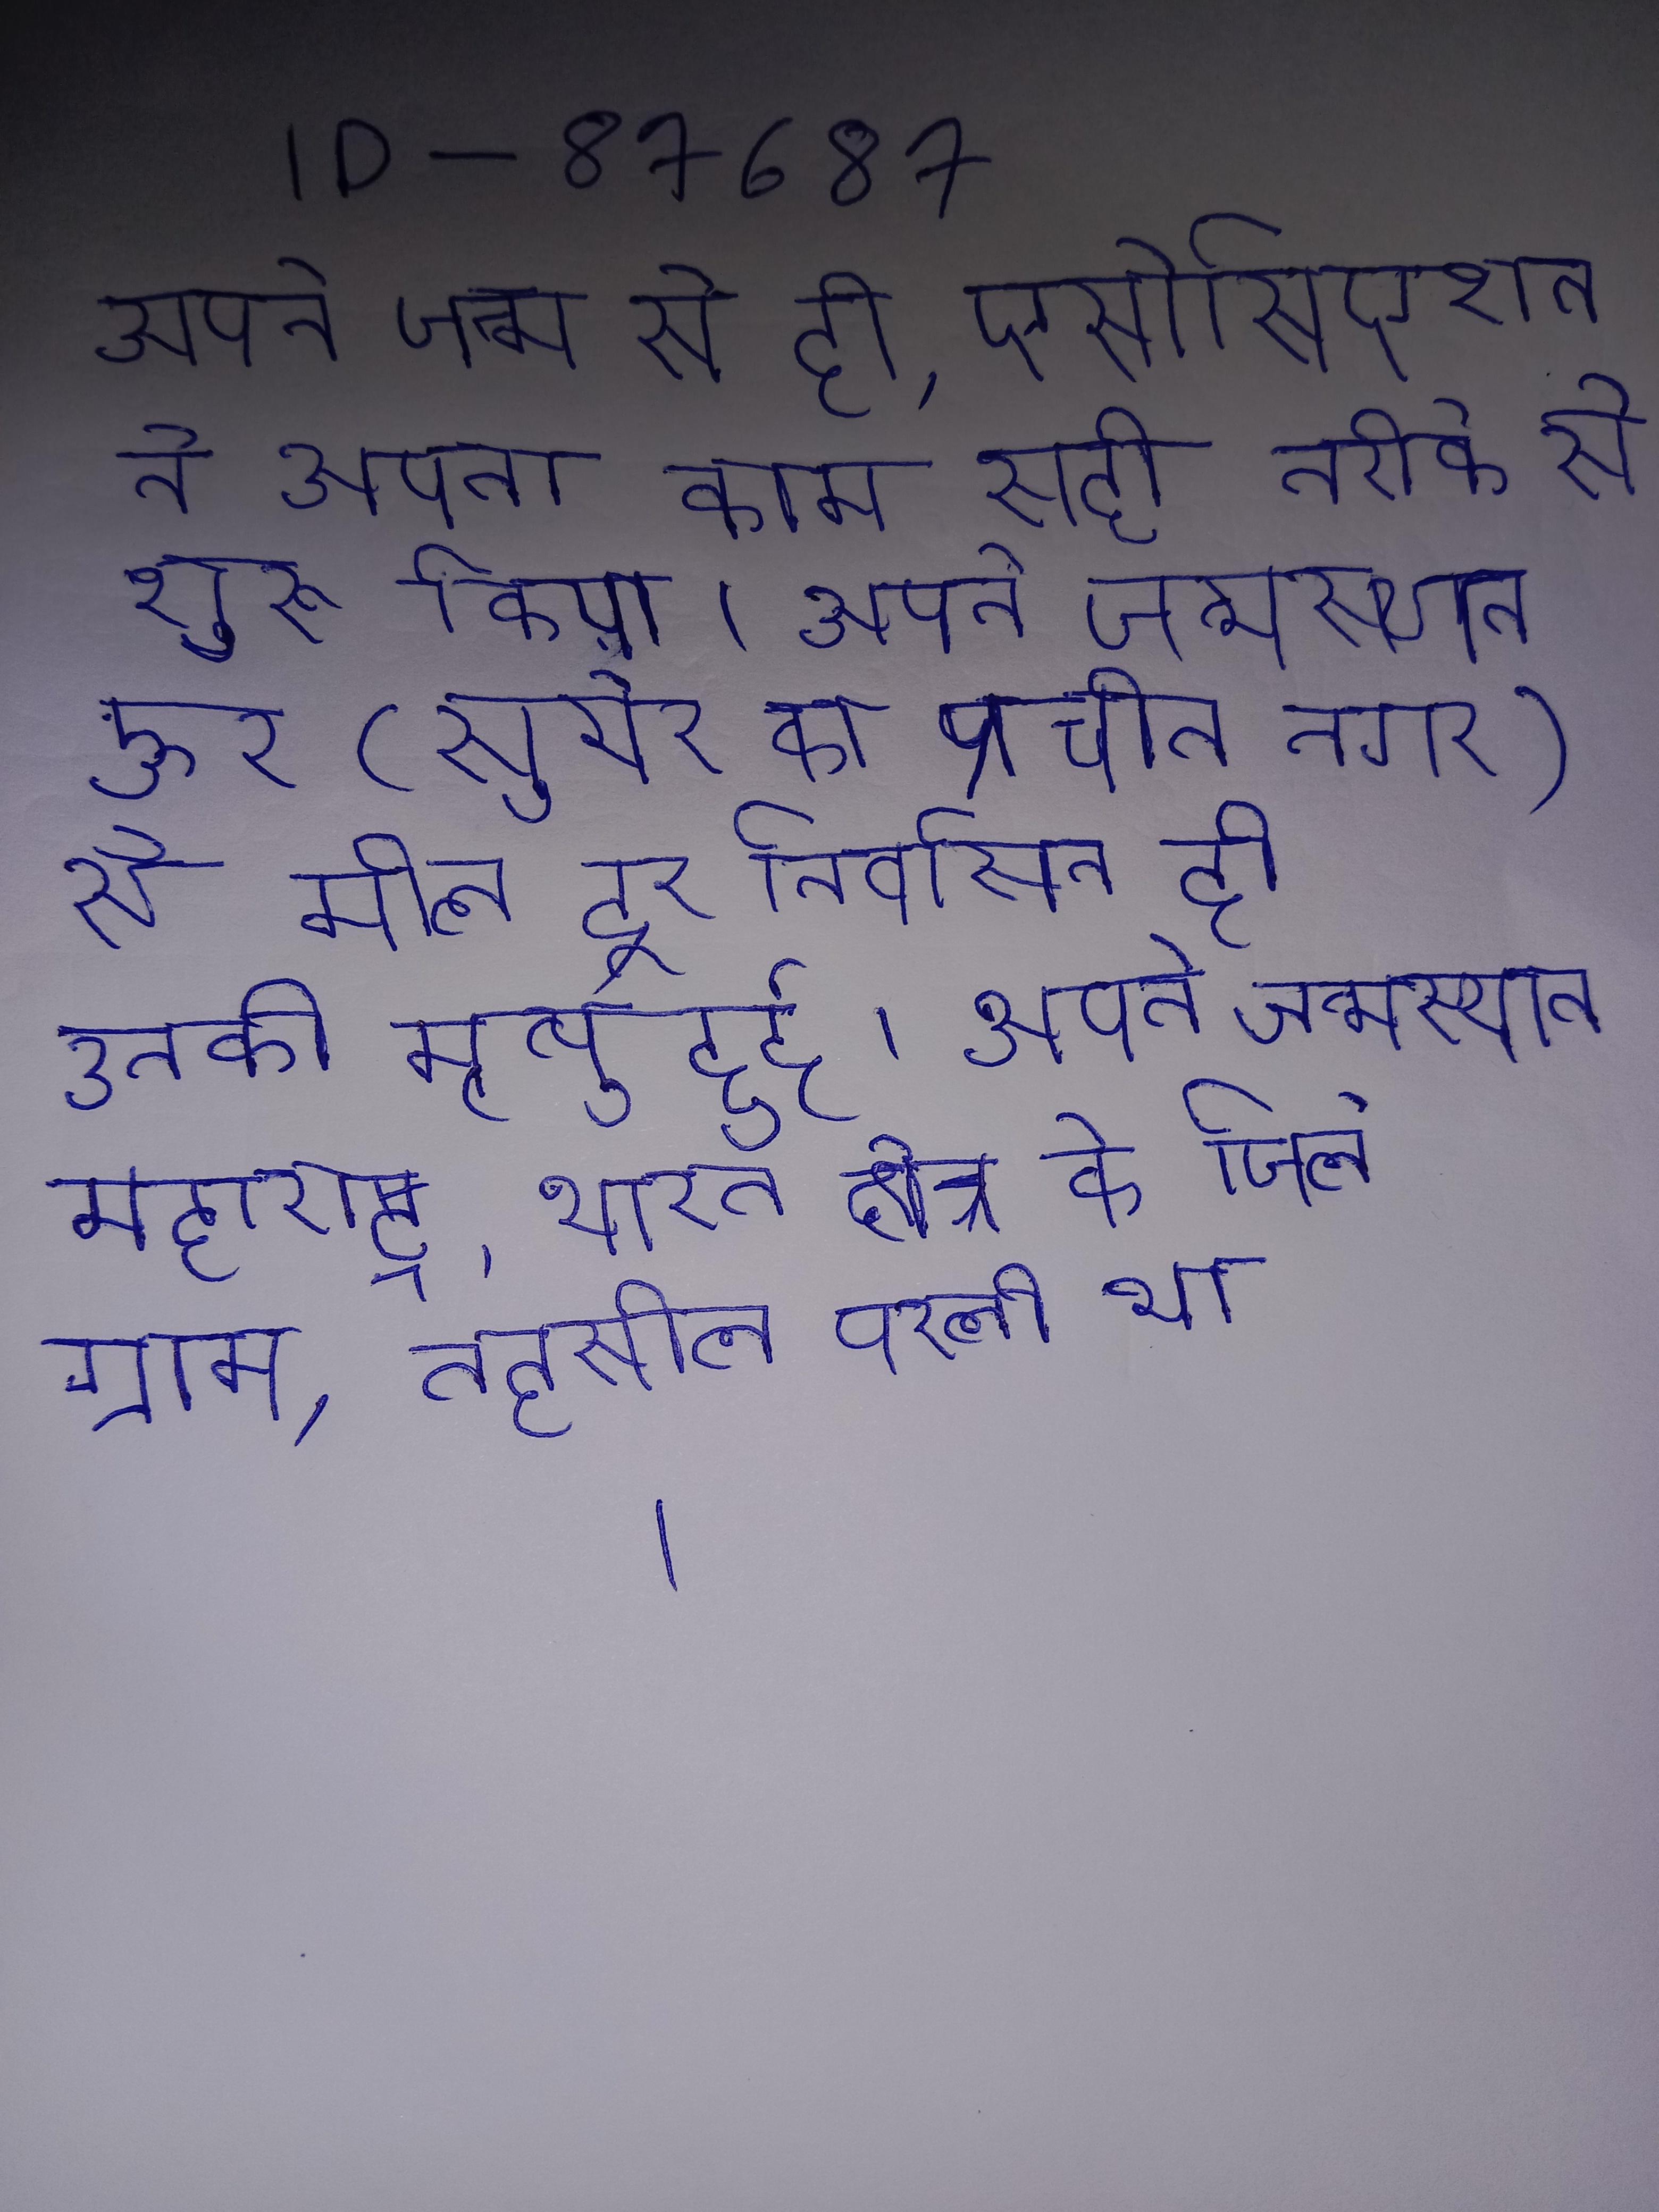
अपने जन्म से ही, एसोसिएशन ने अपना काम सही तरीके से शुरू किया । अपने जन्मस्थान ऊर (सुमेर का प्राचीन नगर) से मील दूर निर्वासन ही उनकी मृत्यु हुर्ह । अपने जन्मस्थान के अनुसार पाणिनि शालातुरीय भी कहे गए । अपने जन्मस्थान महाराष्ट्र, भारत क्षेत्र के जिले ग्राम, तहसील परली था ।